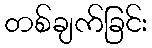
တစ်ချက်ခြင်း